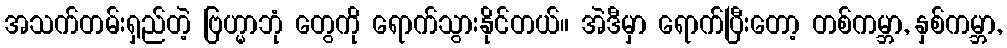
အသက်တမ်းရှည်တဲ့ ဗြဟ္မာဘုံ တွေကို ရောက်သွားနိုင်တယ်။ အဲဒီမှာ ရောက်ပြီးတော့ တစ်ကမ္ဘာ, နှစ်ကမ္ဘာ,